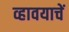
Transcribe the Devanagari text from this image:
व्हावयाचें